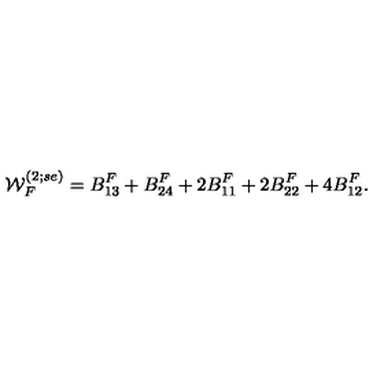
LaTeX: { \cal W } _ { F } ^ { ( 2 ; s e ) } = B _ { 1 3 } ^ { F } + B _ { 2 4 } ^ { F } + 2 B _ { 1 1 } ^ { F } + 2 B _ { 2 2 } ^ { F } + 4 B _ { 1 2 } ^ { F } .